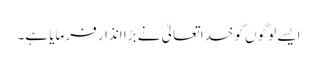
ایسے لوگوں کو خدا تعالیٰ نے بڑا انذار فرمایا ہے۔